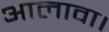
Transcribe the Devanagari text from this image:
आलावा।